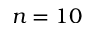
n = 1 0